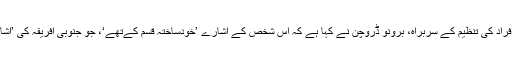
جنوبی افریقہ کی سماعت سے محروم افراد کی تنظیم کے سربراہ، برونو ڈروچن نے کہا ہے کہ اِس شخص کے اشارے ’خودساختہ قسم کےتھے‘، جو جنوبی افریقہ کی ’اشاروں کی زبان‘ کے لیے اچھوتے تھے۔